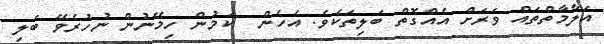
އަލާމާތްތައް ވަރަށް އެއްގޮތް ބަލިތަކެވެ. އެހެން  ކަމުން ހިމޭނުން ނުހުރެވޭ ބަލި